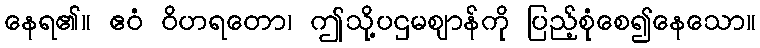
နေရ၏။ ဧဝံ ဝိဟရတော၊ ဤသို့ပဌမဈာန်ကို ပြည့်စုံစေ၍နေသော။